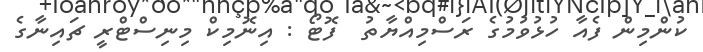
ކުންމިން ފެއާ ހުޅުވުމުގެ ރަސްމިއްޔާތު  ފޮޓޯ : އިނޮމިކް މިނިސްޓްރީ ޗައިނާގެ